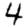
Digit: 4